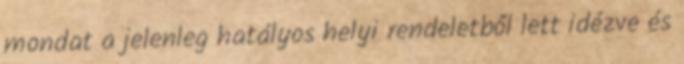
mondat a jelenleg hatályos helyi rendeletből lett idézve és